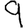
Digit: 9